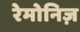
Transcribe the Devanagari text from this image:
रेमोनिज़